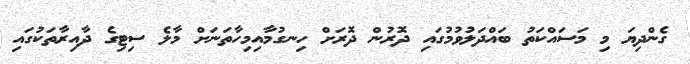
ގެންދިޔަ މި މަސައްކަތު ބައްދަލުވުމުގައި ދޮރުން ދޮރަށް ހިނގުމާއިމިހާތަނަށް މާލެ ސިޓިގެ ދާއިރާތަކުގައި